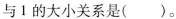
与1的大小关系是()。